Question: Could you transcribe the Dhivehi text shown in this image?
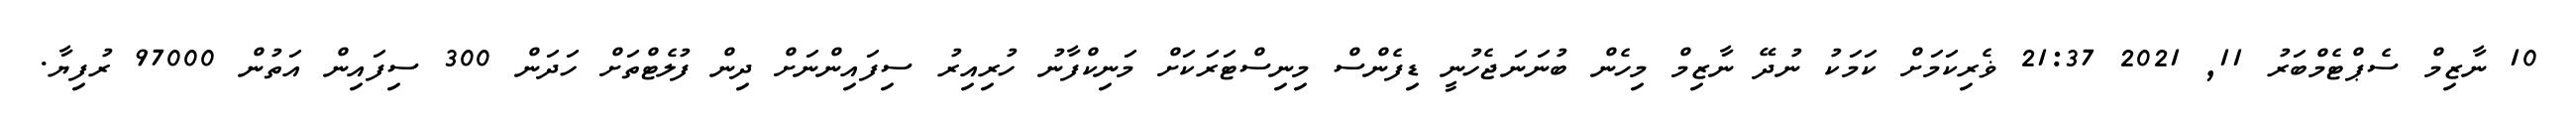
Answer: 10 ނާޒިމް ސެޕްޓެމްބަރު 11, 2021 21:37 ޥެރިކަމަށް ކަމަކު ނުދޭ ނާޒިމް މިހެން ބުނަނަޖެހުނީ ޑިފެންސް މިނިސްޓަރަކަށް މަނިކްފާނު ހުރިއިރު ސިފައިންނަށް ދިން ފުލެޓްތަށް ހަދަން 300 ސިފައިން އަތުން 97000 ރުފިޔާ.